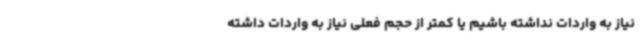
نیاز به واردات نداشته باشیم یا کمتر از حجم فعلی نیاز به واردات داشته